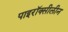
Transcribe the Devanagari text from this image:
पाइरॉक्सीलीन